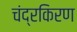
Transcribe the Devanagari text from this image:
चंद्रकिरण